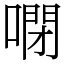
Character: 𠻻